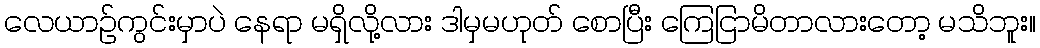
လေယာဉ်ကွင်းမှာပဲ နေရာ မရှိလို့လား ဒါမှမဟုတ် စောပြီး ကြေငြာမိတာလားတော့ မသိဘူး။